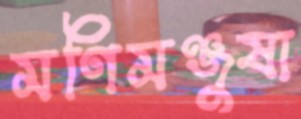
মণিমঞ্জুষা